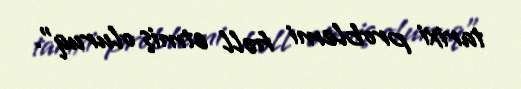
tarixi problemi həll etmiş oluruq”.